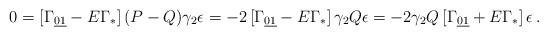
LaTeX: \begin{align*}0=\left[ \Gamma _{\underline{01}}-E \Gamma _*\right](P-Q)\gamma _2\epsilon =- 2 \left[ \Gamma _{\underline{01}}-E \Gamma _*\right]\gamma_2 Q\epsilon=-2\gamma _2 Q\left[ \Gamma _{\underline{01}}+E \Gamma_*\right]\epsilon\,. \end{align*}